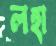
লহা